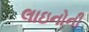
લાઇનોની